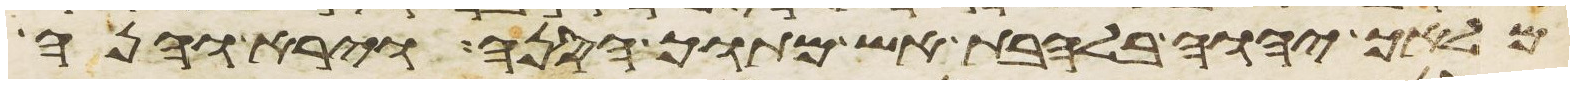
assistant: מלאך יהוה בלהבת אש מתוך הסנה וירא והנה